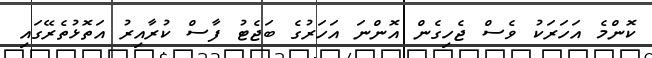
ކޮންމެ އަހަރަކު ވެސް ޖެހިގެން އޮންނަ އަހަރުގެ ބަޖެޓު ފާސް ކުރާއިރު އަތޮޅުތެރޭގައި